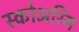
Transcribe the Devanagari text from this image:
स्कोअरिंग